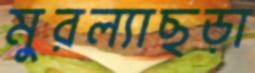
মুরল্যাছড়া